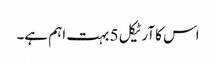
اس کا آرٹیکل 5 بہت اہم ہے۔